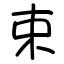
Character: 束